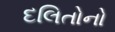
દલિતોનો